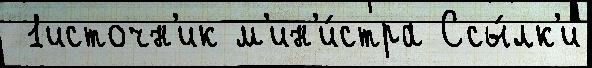
 1источн'ик м'ин'и́стра Ссы́лк'и